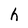
Character: h